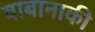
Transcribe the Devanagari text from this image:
वाबानाकी